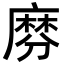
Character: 𪎕